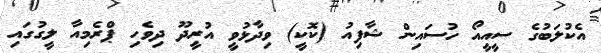
އެކުލަބުގެ ސީއީއޯ ހުސައިން ޝާފިއު (ކޮކީ) ވިދާޅުވީ އުރީދޫ ދިވެހި ޕްރެމިއާ ލީގުގައި